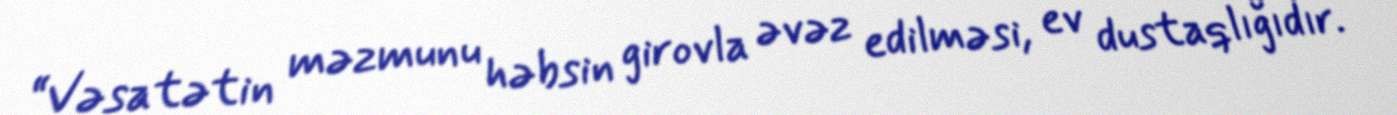
“Vəsatətin məzmunu həbsin girovla əvəz edilməsi, ev dustaqlığıdır.